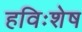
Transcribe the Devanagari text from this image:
हविःशेष